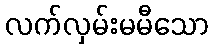
လက်လှမ်းမမီသော